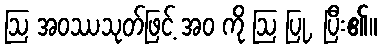
ဩ အဝဿသုတ်ဖြင့် အဝ ကို ဩ ပြု, ပြီး၏။